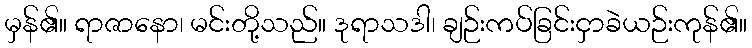
မှန်၏။ ရာဇာနော၊ မင်းတို့သည်။ ဒုရာသဒါ၊ ချဉ်းကပ်ခြင်းငှာခဲယဉ်းကုန်၏။